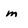
Character: m